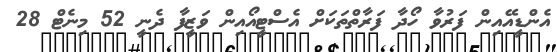
އެންޑީއޭއިން ފަރުވާ ހޯދާ ފަރާތްތަކަށް އެސްޓީއޯއިން ވަޒީފާ ދެނީ 52 މިނެޓް 28